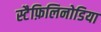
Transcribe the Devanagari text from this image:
स्टैफ़िलिनोडिया